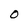
Character: O